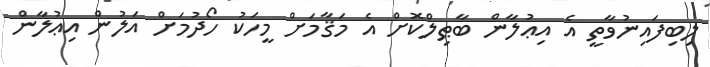
ލިބިފައިނުވާތީ އެ އިޢުލާން ބާޠިލްކޮށް އެ މަޤާމަށް މީހަކު ހޯދުމަށް އަލުން އިޢުލާން